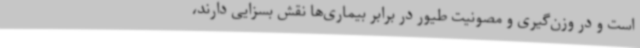
است و در وزن‌گیری و مصونیت طیور در برابر بیماری‌ها نقش ‌بسزایی دارند،